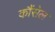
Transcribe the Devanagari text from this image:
कौंसेल